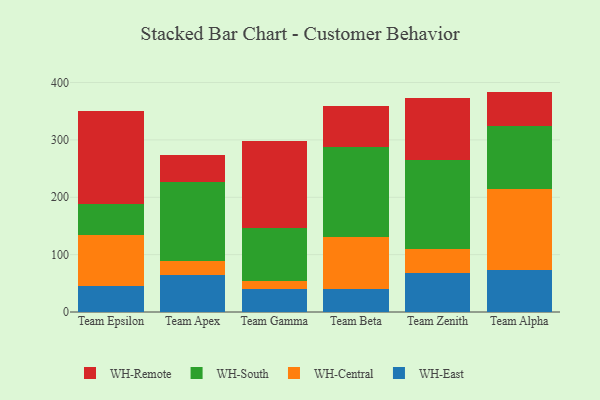
{"axis": {"x": "Team", "y": "Inventory Turnover"}, "legend": ["WH-Central", "WH-East", "WH-Remote", "WH-South"], "data": [{"x": "Team Epsilon", "y": 45.2, "type": "WH-East"}, {"x": "Team Epsilon", "y": 88.5, "type": "WH-Central"}, {"x": "Team Epsilon", "y": 54.2, "type": "WH-South"}, {"x": "Team Epsilon", "y": 162.8, "type": "WH-Remote"}, {"x": "Team Apex", "y": 65.0, "type": "WH-East"}, {"x": "Team Apex", "y": 24.5, "type": "WH-Central"}, {"x": "Team Apex", "y": 136.8, "type": "WH-South"}, {"x": "Team Apex", "y": 47.3, "type": "WH-Remote"}, {"x": "Team Gamma", "y": 40.2, "type": "WH-East"}, {"x": "Team Gamma", "y": 13.5, "type": "WH-Central"}, {"x": "Team Gamma", "y": 92.9, "type": "WH-South"}, {"x": "Team Gamma", "y": 152.0, "type": "WH-Remote"}, {"x": "Team Beta", "y": 40.9, "type": "WH-East"}, {"x": "Team Beta", "y": 89.3, "type": "WH-Central"}, {"x": "Team Beta", "y": 158.1, "type": "WH-South"}, {"x": "Team Beta", "y": 70.0, "type": "WH-Remote"}, {"x": "Team Zenith", "y": 67.5, "type": "WH-East"}, {"x": "Team Zenith", "y": 42.9, "type": "WH-Central"}, {"x": "Team Zenith", "y": 154.4, "type": "WH-South"}, {"x": "Team Zenith", "y": 107.6, "type": "WH-Remote"}, {"x": "Team Alpha", "y": 73.9, "type": "WH-East"}, {"x": "Team Alpha", "y": 140.2, "type": "WH-Central"}, {"x": "Team Alpha", "y": 110.6, "type": "WH-South"}, {"x": "Team Alpha", "y": 59.5, "type": "WH-Remote"}]}